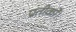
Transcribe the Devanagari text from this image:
प्रतीकों।